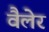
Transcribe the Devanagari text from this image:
वैलेर